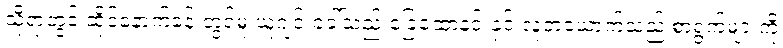
သို့ရာတွင် ဆိုင်နောက်ခန်းတွင်မူ ယူဂျင်းခေါ်သည့် ခြေထော့နင်းနှင့် လူတယောက်သည် စာရွက်များကို